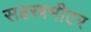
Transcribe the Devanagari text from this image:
सहस्त्रमीटर